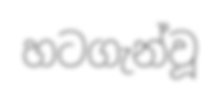
හටගැන්වූ